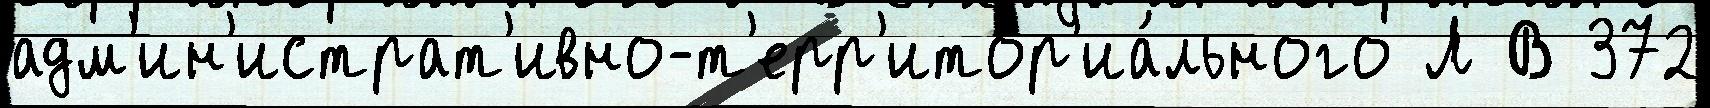
адм'ин'истрат'ивно-т'ерр'итор'иа́льного Л В 372